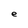
Character: e